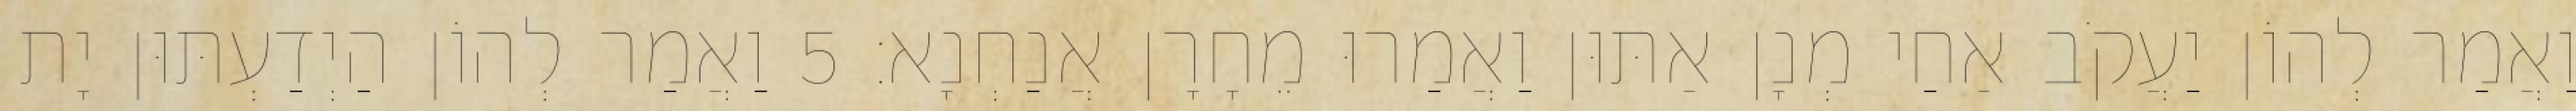
וַאֲמַר לְהוֹן יַעֲקֹב אַחַי מְנָן אַתּוּן וַאֲמַרוּ מֵחָרָן אֲנַחְנָא׃ 5 וַאֲמַר לְהוֹן הַיְדַעְתּוּן יָת